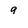
Character: 9